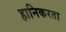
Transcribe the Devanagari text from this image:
हानिकरता